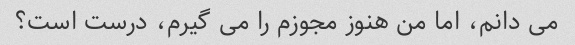
می دانم، اما من هنوز مجوزم را می گیرم، درست است؟